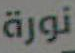
نورة